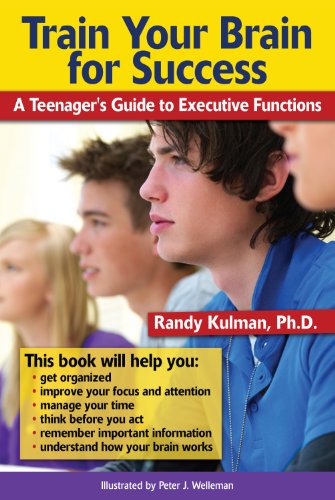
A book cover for Train Your Brain for Success: A Teenager's Guide to Executive Functions; Randy Kulman PhD; Teen & Young Adult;